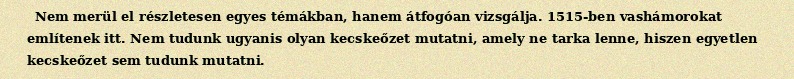
Nem merül el részletesen egyes témákban, hanem átfogóan vizsgálja. 1515-ben vashámorokat említenek itt. Nem tudunk ugyanis olyan kecskeőzet mutatni, amely ne tarka lenne, hiszen egyetlen kecskeőzet sem tudunk mutatni.